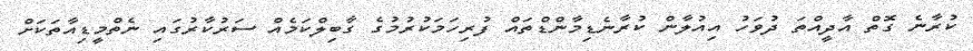
ކުރާނެ ގޮތް އާދީއްތަ ދުވަހު އިއުލާން ކުރާނެޑިމާންޑްތައް ފުރިހަމަކުރުމުގެ ގާބިލްކަމެއް ސަރުކާރުގައި ނެތްމީޑިއާތަކަށް